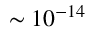
\sim 1 0 ^ { - 1 4 }